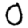
Digit: 0